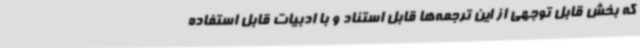
که بخش قابل توجهی از این ترجمه‌ها قابل استناد و با ادبیات قابل استفاده